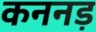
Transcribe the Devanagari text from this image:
कननड़